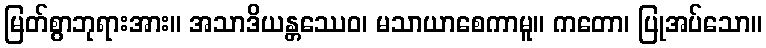
မြတ်စွာဘုရားအား။ အသာဒိယန္တဿေဝ၊ မသာယာစေကာမူ။ ကတော၊ ပြုအပ်သော။